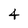
Character: 4